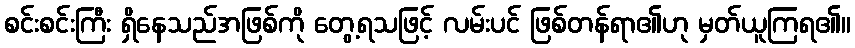
စင်းစင်းကြီး ရှိနေသည်အဖြစ်ကို တွေ့ရသဖြင့် လမ်းပင် ဖြစ်တန်ရာ၏ဟု မှတ်ယူကြရ၏။